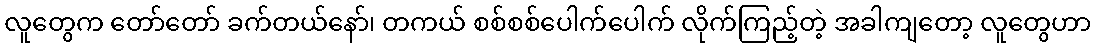
လူတွေက တော်တော် ခက်တယ်နော်၊ တကယ် စစ်စစ်ပေါက်ပေါက် လိုက်ကြည့်တဲ့ အခါကျတော့ လူတွေဟာ